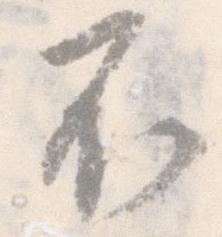
不